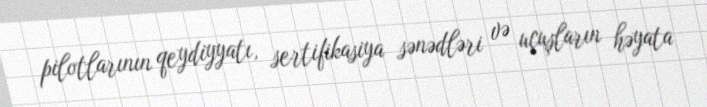
pilotlarının qeydiyyatı, sertifikasiya sənədləri və uçuşların həyata